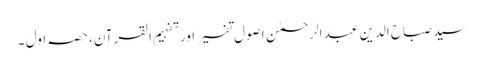
سید صباح الدین عبد الرحمٰن اصول تفسیر اور تفہیم القرآن، حصہ اول ۔